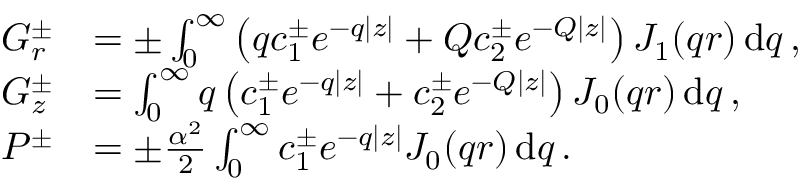
\begin{array} { r l } { G _ { r } ^ { \pm } } & { = \pm \int _ { 0 } ^ { \infty } \left( q c _ { 1 } ^ { \pm } e ^ { - q | z | } + Q c _ { 2 } ^ { \pm } e ^ { - Q | z | } \right) J _ { 1 } ( q r ) \, \mathrm { d } q \, , } \\ { G _ { z } ^ { \pm } } & { = \int _ { 0 } ^ { \infty } q \left( c _ { 1 } ^ { \pm } e ^ { - q | z | } + c _ { 2 } ^ { \pm } e ^ { - Q | z | } \right) J _ { 0 } ( q r ) \, \mathrm { d } q \, , } \\ { P ^ { \pm } } & { = \pm \frac { \alpha ^ { 2 } } { 2 } \int _ { 0 } ^ { \infty } c _ { 1 } ^ { \pm } e ^ { - q | z | } J _ { 0 } ( q r ) \, \mathrm { d } q \, . } \end{array}